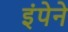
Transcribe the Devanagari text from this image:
इंपेने